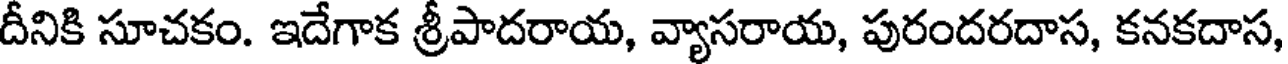
దీనికి సూచకం. ఇదేగాక శ్రీపాదరాయ, వ్యాసరాయ, పురందరదాస, కనకదాస,